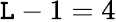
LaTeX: \mathtt{L}-1=4